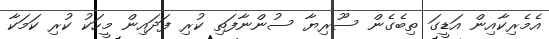
އެމެރިކާއިން އަޑީގަ ތިބެގެން ސޫރިޔާ ސުންނާފަތި ކުރި ފަދައިން މީހަކު ކުރި ކަމަކާ